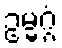
ဥမ္မဂ္ဂံ